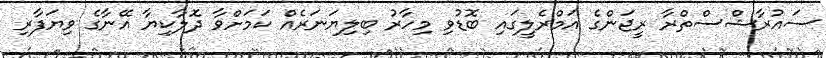
ސައުރާޝްސްތްރާ ރީޖަންގެ އަމްރެލީގައި ބޮޑުވި މިހާރު ބިލިޔަނަރެއް ކަމަށްވާ ދޮލާކިޔާ އޭނާގެ ވިޔަފާރި